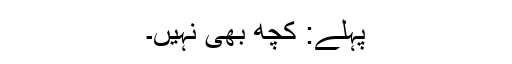
پہلے: کچھ بھی نہیں۔